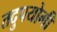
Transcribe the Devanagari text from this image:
तदुपयोगी